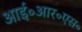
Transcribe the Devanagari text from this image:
आई॰आर॰एस॰